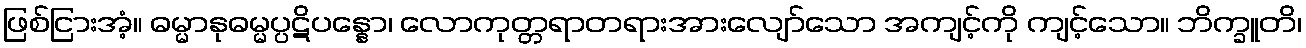
ဖြစ်ငြားအံ့။ ဓမ္မာနုဓမ္မပ္ပဋိပန္နော၊ လောကုတ္တရာတရားအားလျော်သော အကျင့်ကို ကျင့်သော။ ဘိက္ခူတိ၊